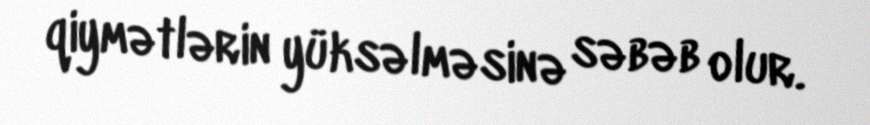
qiymətlərin yüksəlməsinə səbəb olur.